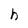
Character: h